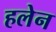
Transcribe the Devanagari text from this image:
हलेन